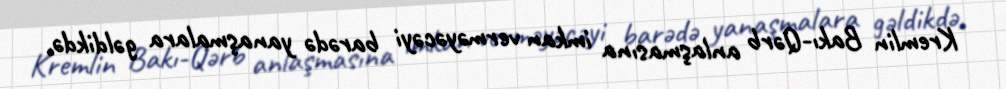
Kremlin Bakı-Qərb anlaşmasına imkan verməyəcəyi barədə yanaşmalara gəldikdə,